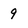
Character: 9